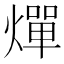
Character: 燀